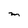
Character: M